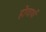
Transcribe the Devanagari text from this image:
होवार्थ